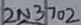
Text: 2N3702